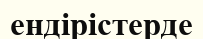
ендірістерде